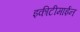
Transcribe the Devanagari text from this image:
इकीटीमाईन